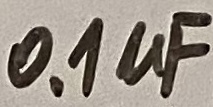
Text: 0.1µF